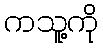
ကသူ့ကို